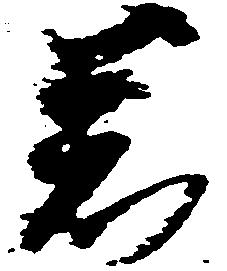
若